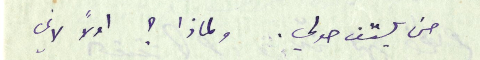
حتى يلتف حولي. ولماذا ؟ اولاً لاني